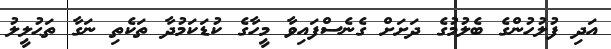
އަދި ފުލުހުންގެ ބެލުމުގެ ދަށަށް ގެނެސްފައިވާ މީހާގެ ކުޑަކަމުދާ ތަކެތި ނަގާ ތަޙުލީލު